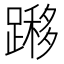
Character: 𨄼